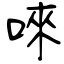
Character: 唻